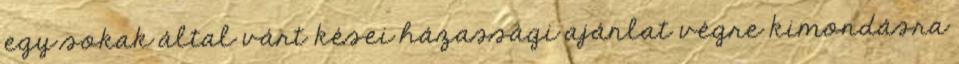
egy sokak által várt kései házassági ajánlat végre kimondásra